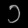
Digit: ၁